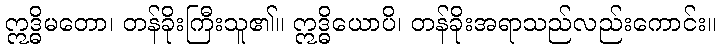
ဣဒ္ဓိမတော၊ တန်ခိုးကြီးသူ၏။ ဣဒ္ဓိယောပိ၊ တန်ခိုးအရာသည်လည်းကောင်း။